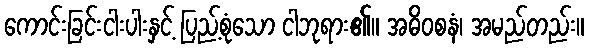
ကောင်းခြင်းငါးပါးနှင့် ပြည့်စုံသော ငါဘုရား၏။ အဓိဝစနံ၊ အမည်တည်း။